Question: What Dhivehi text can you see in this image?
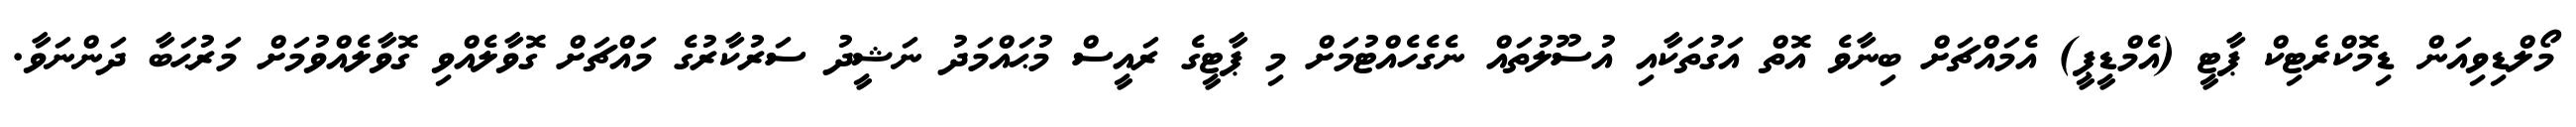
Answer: މޯލްޑިވިއަން ޑިމޮކްރެޓިކް ޕާޓީ (އެމްޑީޕީ) އެމައްޗަށް ބިނާވެ އޮތް އަގުތަކާއި އުސޫލުތައް ނެގެހެއްޓުމަށް މި ޕާޓީގެ ރައީސް މުޙައްމަދު ނަޝީދު ސަރުކާރުގެ މައްޗަށް ގޮވާލެއްވި ގޮވާލެއްވުމަށް މަރުޙަބާ ދަންނަވާ.